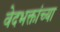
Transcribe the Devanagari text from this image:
वेदभक्तांच्या